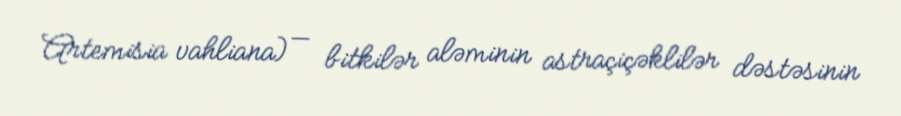
Artemisia vahliana) — bitkilər aləminin astraçiçəklilər dəstəsinin